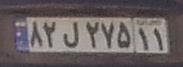
۸۲ل۲۷۵۱۱